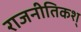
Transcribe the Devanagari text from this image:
राजनीतिकश्